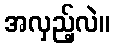
အလှည့်လဲ။